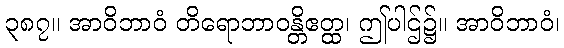
၃၈၇။ အာဝိဘာဝံ တိရောဘာဝန္တိဧတ္ထ၊ ဤပါဌ်၌။ အာဝိဘာဝံ၊